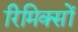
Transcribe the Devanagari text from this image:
रिमिक्सों